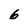
Character: 6